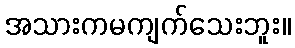
အသားကမကျက်သေးဘူး။